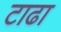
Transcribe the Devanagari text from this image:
टाढा